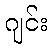
ဂျင်း